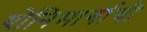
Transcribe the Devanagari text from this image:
योनिमार्गाची